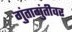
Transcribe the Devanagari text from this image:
गुंतागुंतीवर